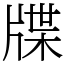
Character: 牒